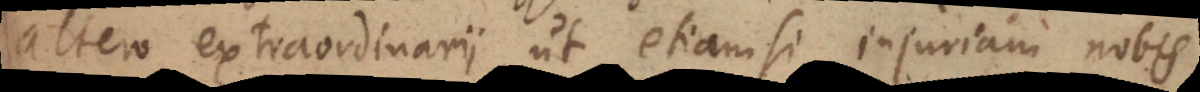
altero extraordinarii, ut etiamsi injuriam nobis